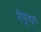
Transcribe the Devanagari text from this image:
नेपूर्ण